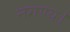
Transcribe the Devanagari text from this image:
नगण्य।